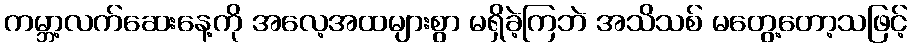
ကမ္ဘာ့လက်ဆေးနေ့ကို အလေ့အထများစွာ မရှိခဲ့ကြဘဲ အသိသစ် မတွေ့တော့သဖြင့်